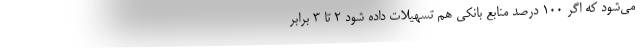
می‌شود که اگر 100 درصد منابع بانکی هم تسهیلات داده شود 2 تا 3 برابر